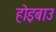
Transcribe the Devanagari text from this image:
होइबाउ